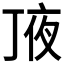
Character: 𠅗